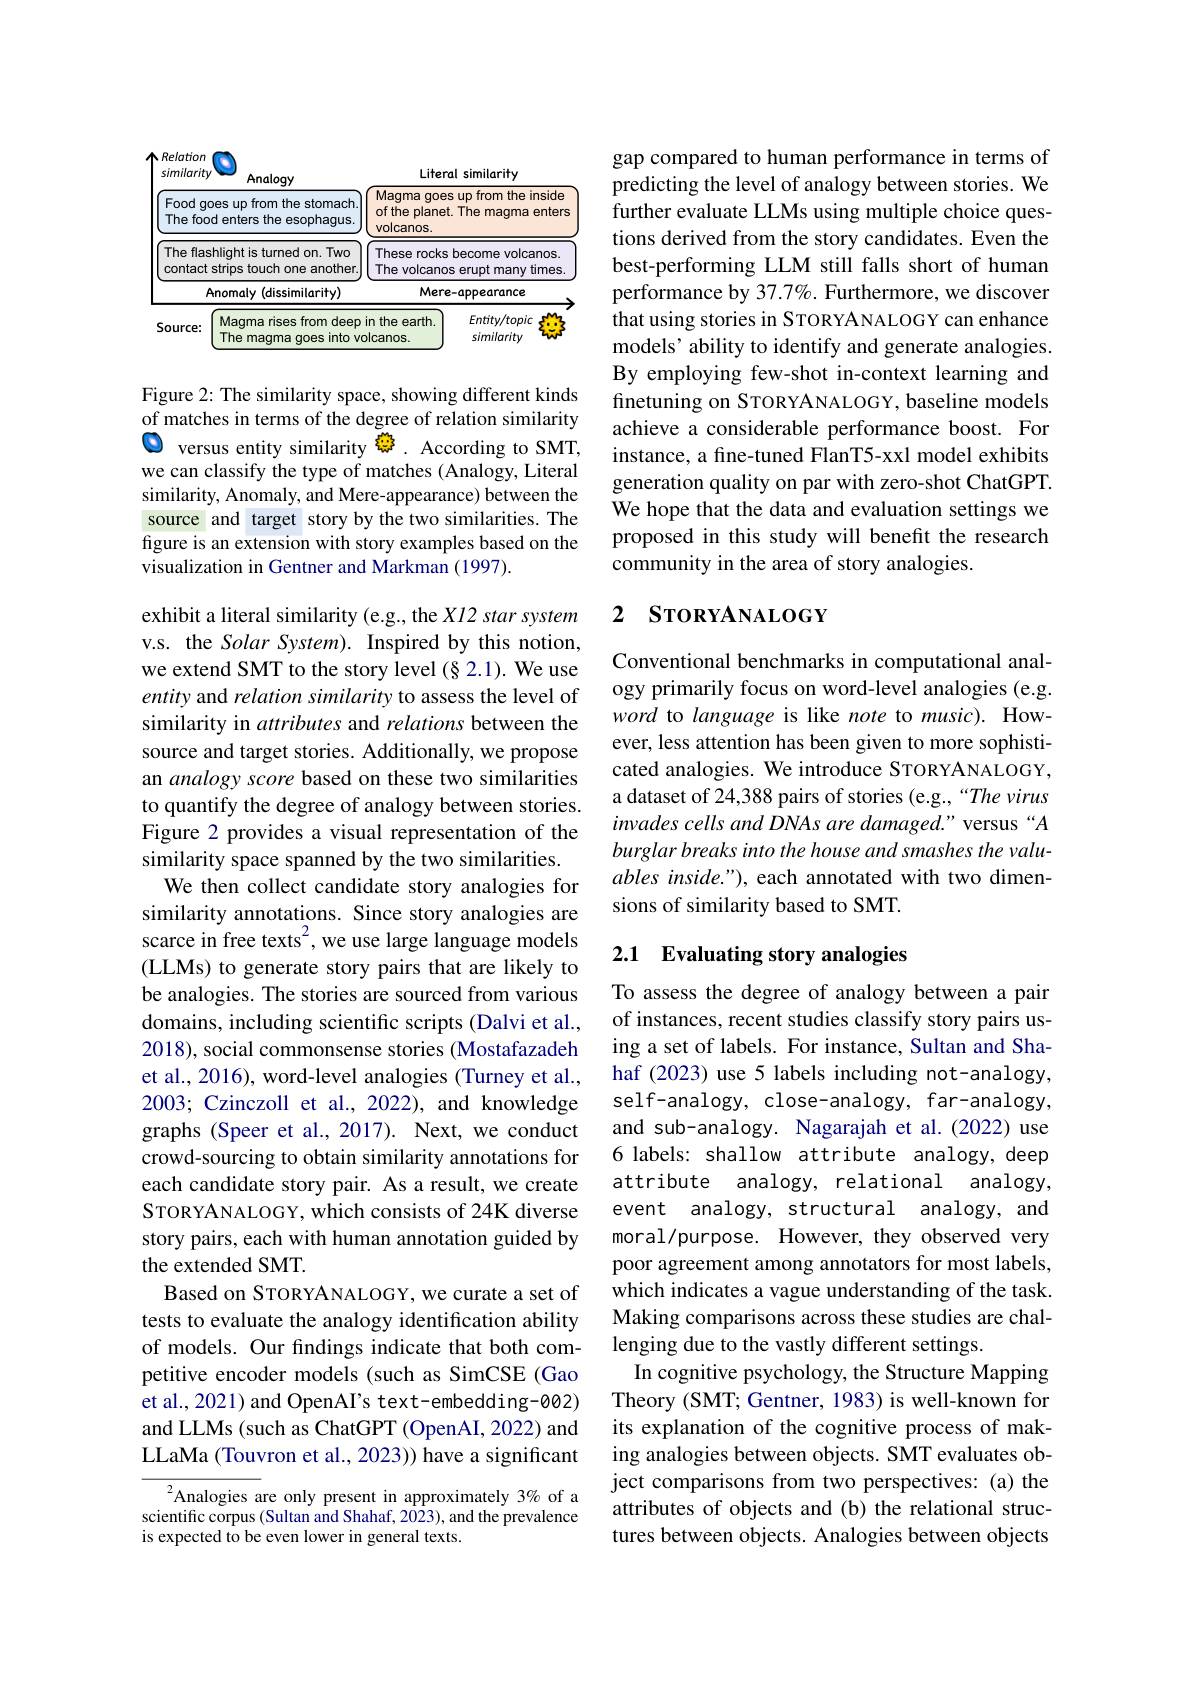
<table>
	<tbody>
		<tr>
			<th>similarity $A$</th>
			<th>Analogy</th>
			<th>Litera</th>
			<th>sral similarity</th>
		</tr>
		<tr>
			<td>Food goes $up$ The food enter</td>
			<td>es up from the stomach. enters the esophagus</td>
			<td>Magma goes ofthe planet. 1 volcanos.</td>
			<td>esupf from the inside et. The magma enters</td>
		</tr>
		<tr>
			<td>The flashlight is contact strips T Y</td>
			<td>nlight is turned on. Two strips touch one another.</td>
			<td>These rocks The volcanos</td>
			<td><S become volcanos. $\therefore\angle AC=\angle AC$ 1 erupt many times $10St$ $\cdot\cdot\cdot\cdot$</td>
		</tr>
		<tr>
			<td>Anomaly</td>
			<td>nomaly (dissimilarity)</td>
			<td>Mere</td>
			<td>re-appearance</td>
		</tr>
		<tr>
			<td>Magn Sourcem The $\Pi$</td>
			<td>Magma rises from deep The 、 maqma agoes sinto vo</td>
			<td>in the earth. lcanos.</td>
			<td>Entity/topic similarity</td>
		</tr>
	</tbody>
</table>

Figure 2: The similarity space, showing different kinds of matches in terms of the degree of relation similarity $\textcircled{\mathrm{O}}$ versus entity similarity झे. According to SMT, we can classify the type of matches (Analogy, Literal similarity, Anomaly, and Mere-appearance) between the source and target story by the two similarities. The figure is an extension with story examples based on the visualization in Gentner and Markman (1997).

exhibit a literal similarity (e.g., the $Xl2$ star system v.s. the Solar System). Inspired by this notion, we extend SMT to the story level (§ 2.1). We use entity and relation similarity to assess the level of similarity in attributes and relations between the source and target stories. Additionally, we propose an analogy score based on these two similarities to quantify the degree of analogy between stories. Figure 2 provides a visual representation of the similarity space spanned by the two similarities.
We then collect candidate story analogies for similarity annotations. Since story analogies are scarce in free texts$^2$,we use large language models (LLMs) to generate story pairs that are likely to be analogies. The stories are sourced from various domains, including scientific scripts (Dalvi et al., 2018), social commonsense stories (Mostafazadeh et al., 2016), word-level analogies (Turney et al., 2003; Czinczoll et al., 2022), and knowledge graphs (Speer et al., 2017). Next, we conduct crowd-sourcing to obtain similarity annotations for each candidate story pair. As a result, we create STORYANALOGY, which consists of 24K diverse story pairs, each with human annotation guided by the extended SMT.
Based on STORYANALOGY, we curate a set of tests to evaluate the analogy identification ability of models. Our findings indicate that both competitive encoder models (such as SimCSE (Gao et al., 2021) and OpenAI's text-embedding-002) and LLMs (such as ChatGPT (OpenAI, 2022) and LLaMa (Touvron et al., 2023)) have a significant
${}^{2}$Analogies are only present in approximately 3% of a

scientific corpus (Sultan and Shahaf, 2023), and the prevalence
is expected to be even lower in general texts.

gap compared to human performance in terms of predicting the level of analogy between stories. We further evaluate LLMs using multiple choice questions derived from the story candidates. Even the best-performing LLM still falls short of human performance by 37.7%. Furthermore, we discover that using stories in STORYANALOGY can enhance models’ ability to identify and generate analogies. By employing few-shot in-context learning and finetuning on STORYANALOGY, baseline models achieve a considerable performance boost. For instance, a fine-tuned FlanT5-xxl model exhibits generation quality on par with zero-shot ChatGPT. We hope that the data and evaluation settings we proposed in this study will benefit the research community in the area of story analogies.

# 2 SronrANALOGY

Conventional benchmarks in computational analogy primarily focus on word-level analogies (e.g. word to language is like note to music). However, less attention has been given to more sophisticated analogies. We introduce STORYANALOGY, a dataset of 24,388 pairs of stories (e.g.,“The virus invades cells and DNAs are damaged." versus “A burglar breaks into the house and smashes the valuables inside."), each annotated with two dimensions of similarity based to SMT.

# 2.1 Evaluating story analogies

To assess the degree of analogy between a pair of instances, recent studies classify story pairs using a set of labels. For instance, Sultan and Shahaf (2023) use 5 labels including not-analogy, self-analogy, close-analogy, far-analogy, and sub-analogy. Nagarajah et al.(2022) use 6 labels: shallow attribute analogy, deep attribute analogy, relational analogy, event analogy, structural analogy, and moral/purpose. However, they observed very poor agreement among annotators for most labels, which indicates a vague understanding of the task. Making comparisons across these studies are challenging due to the vastly different settings.
In cognitive psychology, the Structure Mapping Theory (SMT; Gentner, 1983) is well-known for its explanation of the cognitive process of making analogies between objects. SMT evaluates object comparisons from two perspectives: (a) the attributes of objects and (b) the relational structures between objects. Analogies between objects